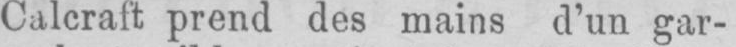
Calcraft prend des mains d’un gar-